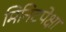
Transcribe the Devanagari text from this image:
मिनिटपेक्षा